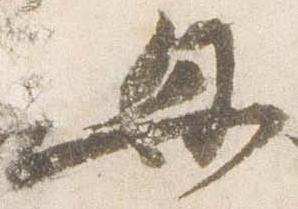
母